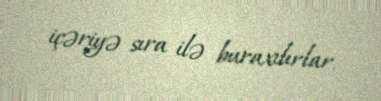
içəriyə sıra ilə buraxılırlar.